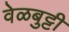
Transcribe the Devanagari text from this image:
वेळबुट्टी